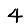
Digit: 4